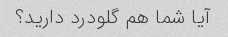
آیا شما هم گلودرد دارید؟